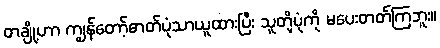
တချို့ဟာ ကျွန်တော့်ဓာတ်ပုံသာယူထားပြီး သူတို့ပုံကို မပေးတတ်ကြဘူး။